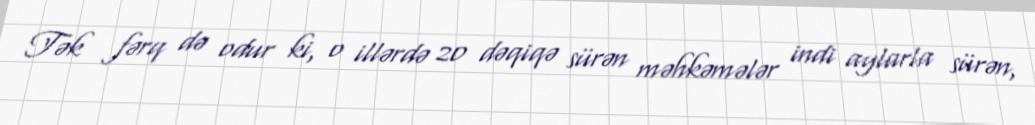
Tək fərq də odur ki, o illərdə 20 dəqiqə sürən məhkəmələr indi aylarla sürən,